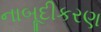
નાબૂદીકરણ